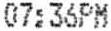
07:36PM